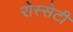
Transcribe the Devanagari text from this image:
रोस्सेटी